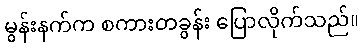
မွန်းနက်က စကားတခွန်း ပြောလိုက်သည်။